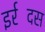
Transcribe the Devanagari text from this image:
इर्रदिंस